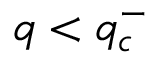
q < q _ { c } ^ { - }